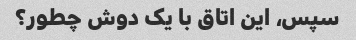
سپس، این اتاق با یک دوش چطور؟